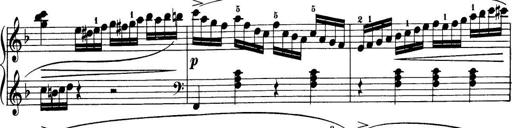
Title: 32 Sonatinas and Rondos for the Piano
Composer: Richard Kleinmichel